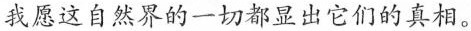
我愿这自然界的一切都显出它们的真相。